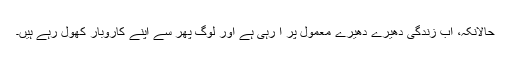
حالانکہ، اب زندگی دھیرے دھیرے معمول پر آ رہی ہے اور لوگ پھر سے اپنے کاروبار کھول رہے ہیں۔